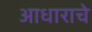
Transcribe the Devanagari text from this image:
आधाराचे